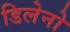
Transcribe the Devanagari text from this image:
डिलेनो